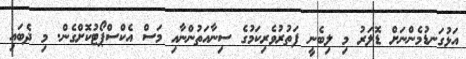
އަޅުގަނޑުމެންނަށް ޑޮލަރު މި ލިބެނީ ފަތުރުވެރިކަމުގެ ސިނާއަތުންނާއި މަސް އެކްސްޕޯޓުކޮށްގެން. މި ދެބައި